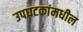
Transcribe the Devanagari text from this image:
उपघटकांमधील